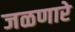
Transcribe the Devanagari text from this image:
जळणारे